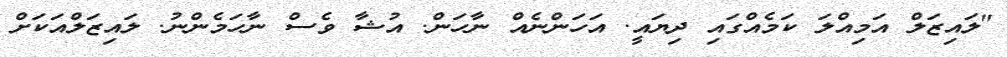
"ލައިޒަލް އަމިއްލަ ކަމެއްގައި ދިޔައީ. އަހަންނެއް ނާހަން. އުޝާ ވެސް ނާހަމެންނު. ލައިޒަލްއަކަށް